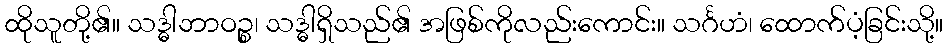
ထိုသူတို့၏။ သဒ္ဓါဘာဝဉ္စ၊ သဒ္ဓါရှိသည်၏ အဖြစ်ကိုလည်းကောင်း။ သင်္ဂဟံ၊ ထောက်ပံ့ခြင်းသို့။